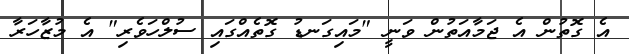
އެ ގޮތުން އެ ޖަމާއަތުން ވަނީ "މައިގަނޑު ގޮތެއްގައި ސުލްހަވެރި" އެ މުޒާހަރާ